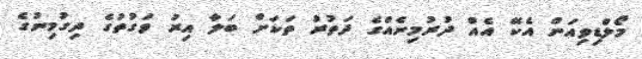
މޯލްޑިވިއަން އެކޭ އެއް ދުރުމިނެއްގެ ދަތުރު ތަކަށް ބަލާ އިރު ވަގުތުގެ ދިގުމިނުގެ